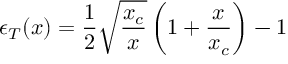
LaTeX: \epsilon _ { T } ( x ) = \frac { 1 } { 2 } \sqrt { \frac { x _ { c } } { x } } \left( 1 + \frac { x } { x _ { c } } \right) - 1